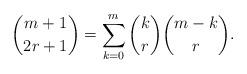
LaTeX: \begin{align*} \binom{m+1}{2r+1}=\sum_{k=0}^m \binom{k}{r}\binom{m-k}{r}.\end{align*}